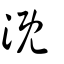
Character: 溉